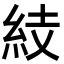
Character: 𥿔